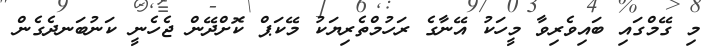
މި ގޭމްގައި ބައިވެރިވާ މީހަކު އޭނާގެ ރަހުމްތެރިޔަކު މޭކަޕް ކޮށްދޭން ޖެހެނީ ކަނުބަނދެގެން